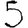
Digit: 5